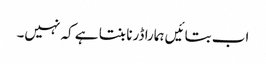
اب بتائیں ہمارا ڈرنا بنتا ہے کہ نہیں۔